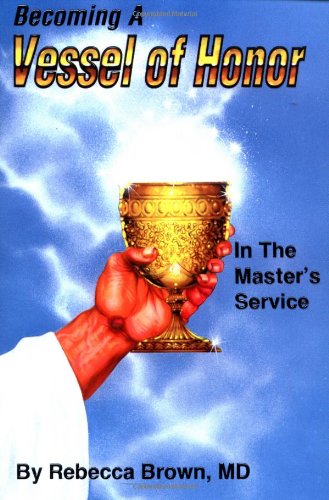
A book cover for Becoming A Vessel Of Honor; BROWN REBECCA; Christian Books & Bibles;